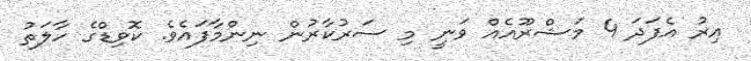
އިރު އެފަދަ 4 މަޝްރޫއެއް ވަނީ މި ސަރުކާރުން ނިންމާފައެވެ. ކޮވިޑްގެ ހާލަތު